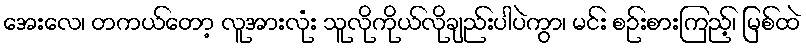
အေးလေ၊ တကယ်တော့ လူအားလုံး သူလိုကိုယ်လိုချည်းပါပဲကွာ၊ မင်း စဉ်းစားကြည့်၊ မြစ်ထဲ